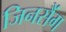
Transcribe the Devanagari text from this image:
जिनसैंग